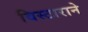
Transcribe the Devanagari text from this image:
विस्टाराने